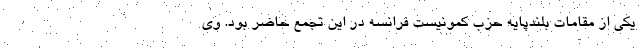
یکی از مقامات بلندپایه حزب کمونیست فرانسه در این تجمع حاضر بود. وی